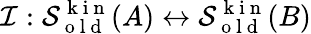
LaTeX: \mathcal{I}:\mathcal{S}_{\mathrm{~o~l~d~}}^{\mathrm{~k~i~n~}}(A)\leftrightarrow\mathcal{S}_{\mathrm{~o~l~d~}}^{\mathrm{~k~i~n~}}(B)